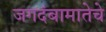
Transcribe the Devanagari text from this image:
जगदंबामातेचे